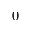
0